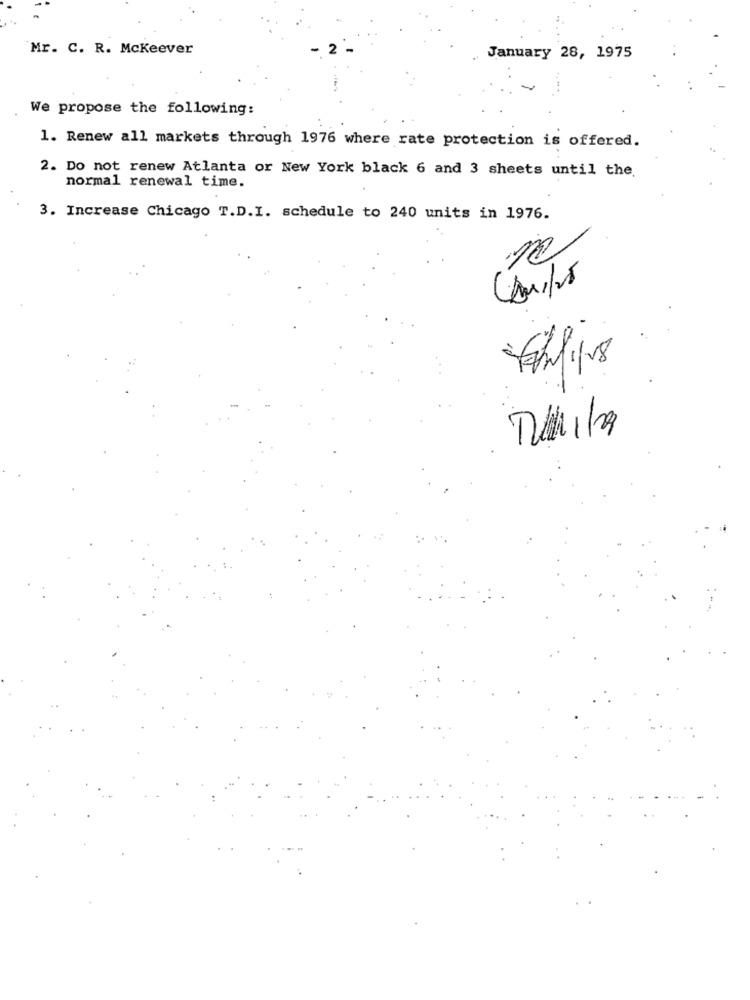
Mr. C. R. Mckeever
2
January 28, 1975
....
We propose the following:
1. Renew all markets through 1976 where rate protection is offered.
2. Do not renew Atlanta or New York black 6 and 3 sheets until the
normal renewal time.
3. Increase Chicago T.D.I. schedule to 240 units in 1976.
R